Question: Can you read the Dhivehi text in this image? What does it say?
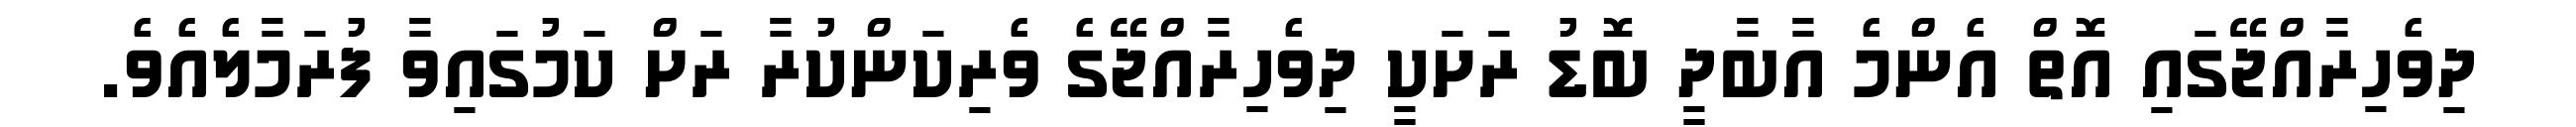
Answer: ދިވެހިރާއްޖޭގައި އޮތް އެންމެ އާބާދީ ބޮޑު ރަށަކީ ދިވެހިރާއްޖޭގެ ވެރިކަންކުރާ ރަށް ކަމުގައިވާ ފުރަމާލެއެވެ.